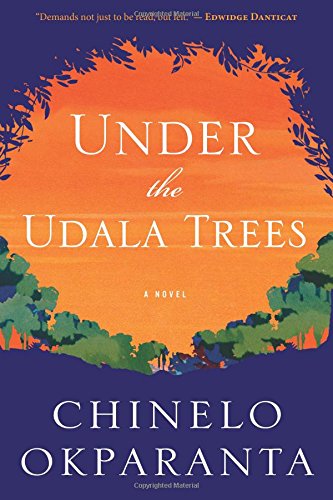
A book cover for Under the Udala Trees; Chinelo Okparanta; Literature & Fiction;